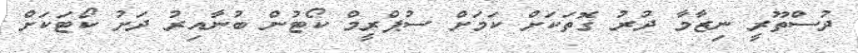
ދުސްތޫރީ ނިޒާމާ ދުރު ގޮތަކަށް ކަމަށް ސުޕްރީމް ކޯޓުން ބުނާއިރު ދަށު ކޯޓަކަށް